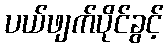
ပယ်ဖျက်ပိုင်ခွင့်